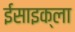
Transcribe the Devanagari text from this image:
ईसाइक्ला